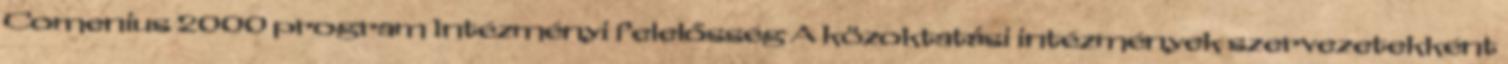
Comenius 2000 program Intézményi felelősség A közoktatási intézmények szervezetekként